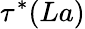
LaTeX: \tau^{*}(La)